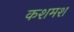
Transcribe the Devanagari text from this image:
कशमश